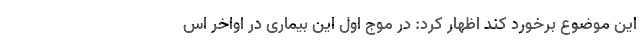
این موضوع برخورد کند اظهار کرد: در موج اول این بیماری در اواخر اس